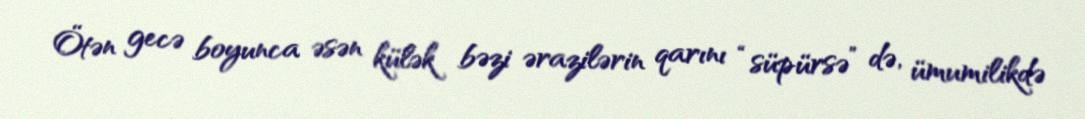
Ötən gecə boyunca əsən külək bəzi ərazilərin qarını “süpürsə” də, ümumilikdə